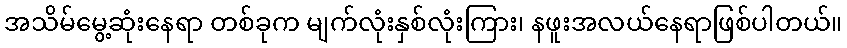
အသိမ်မွေ့ဆုံးနေရာ တစ်ခုက မျက်လုံးနှစ်လုံးကြား၊ နဖူးအလယ်နေရာဖြစ်ပါတယ်။